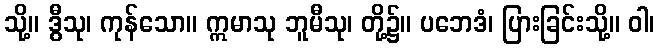
သို့။ ဒွီသု၊ ကုန်သော။ ဣမာသု ဘူမီသု၊ တို့၌။ ပဘေဒံ၊ ပြားခြင်းသို့။ ဝါ၊